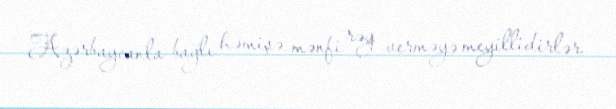
Azərbaycanla bağlı həmişə mənfi rəy verməyə meyillidirlər.